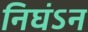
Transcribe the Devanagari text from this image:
निघंऽन